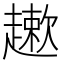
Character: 𲃒